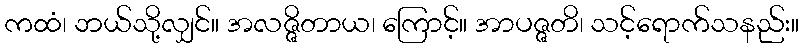
ကထံ၊ ဘယ်သို့လျှင်။ အလဇ္ဇိတာယ၊ ကြောင့်။ အာပဇ္ဇတိ၊ သင့်ရောက်သနည်း။